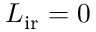
\boldsymbol { L } _ { \mathrm { i r } } = 0